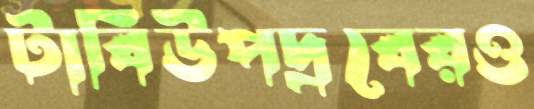
টাবিউপদ্রবেরও